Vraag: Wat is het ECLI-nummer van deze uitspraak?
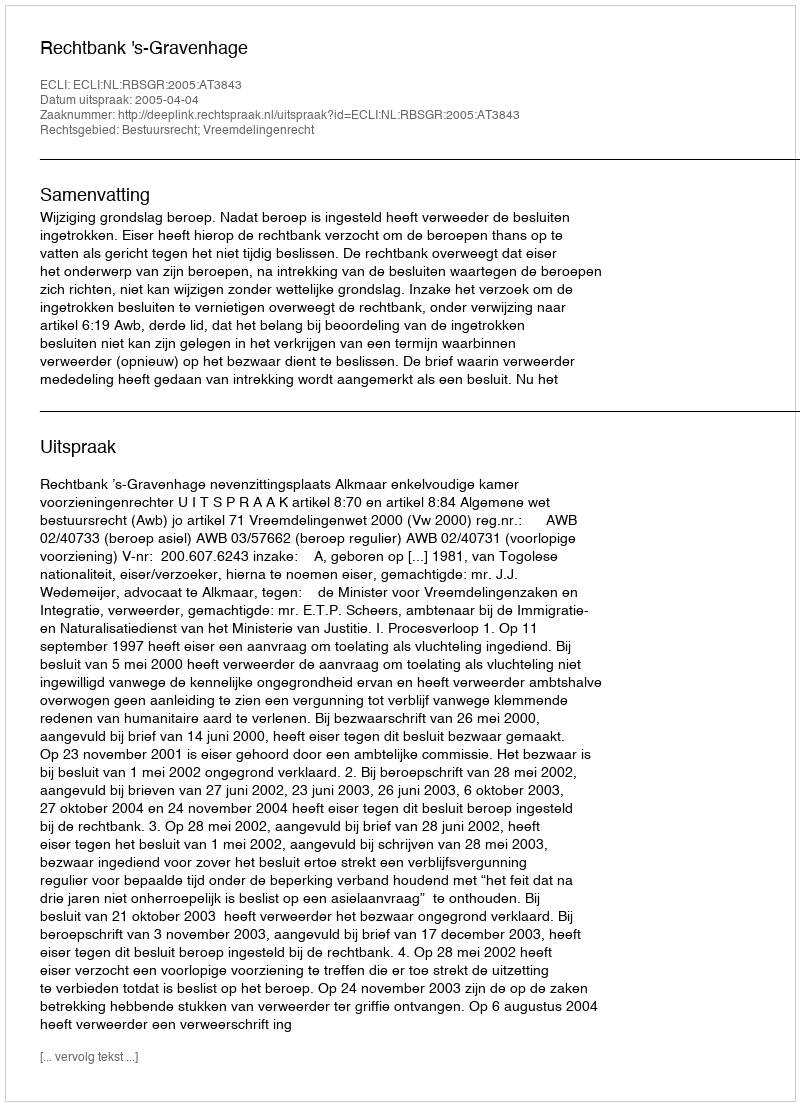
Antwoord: ECLI:NL:RBSGR:2005:AT3843